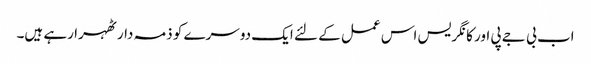
اب بی جے پی اور کانگریس اس عمل کے لئے ایک دوسرے کو ذمہ دار ٹھہرا رہے ہیں۔